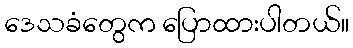
ဒေသခံတွေက ပြောထားပါတယ်။